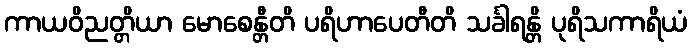
ကာယဝိညတ္တိယာ မောစေန္တီတိ ပရိဟာပေတီတိ သင်္ခါရန္တိ ပုရိသကာရိယံ